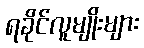
ရခိုင်လူမျိုးများ